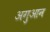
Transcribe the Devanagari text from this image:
अगुआन